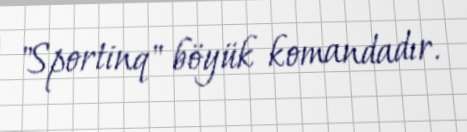
"Sportinq" böyük komandadır.